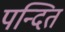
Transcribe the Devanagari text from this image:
पन्दित